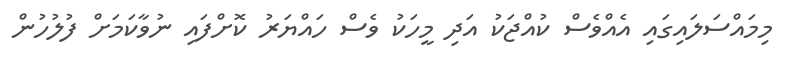
މިމައްސަލައިގައި އެއްވެސް ކުއްޖަކު އަދި މީހަކު ވެސް ހައްޔަރު ކޮށްފައި ނުވާކަމަށް ފުލުހުން